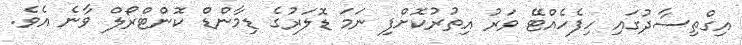
އިގްތިސާދުގައި ހިފެހެއްޓޭ ވަރު އިތުރުކޮށްފި ނަމަ ޑޮލަރުގެ ޑިމާންޑް ކޮންޓްރޯލް ވާނެ އެވެ.